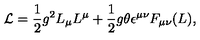
{ \cal L } = \frac { 1 } { 2 } g ^ { 2 } L _ { \mu } L ^ { \mu } + \frac { 1 } { 2 } g \theta \epsilon ^ { \mu \nu } F _ { \mu \nu } ( L ) ,